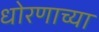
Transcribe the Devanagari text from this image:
धोरणाच्‍या